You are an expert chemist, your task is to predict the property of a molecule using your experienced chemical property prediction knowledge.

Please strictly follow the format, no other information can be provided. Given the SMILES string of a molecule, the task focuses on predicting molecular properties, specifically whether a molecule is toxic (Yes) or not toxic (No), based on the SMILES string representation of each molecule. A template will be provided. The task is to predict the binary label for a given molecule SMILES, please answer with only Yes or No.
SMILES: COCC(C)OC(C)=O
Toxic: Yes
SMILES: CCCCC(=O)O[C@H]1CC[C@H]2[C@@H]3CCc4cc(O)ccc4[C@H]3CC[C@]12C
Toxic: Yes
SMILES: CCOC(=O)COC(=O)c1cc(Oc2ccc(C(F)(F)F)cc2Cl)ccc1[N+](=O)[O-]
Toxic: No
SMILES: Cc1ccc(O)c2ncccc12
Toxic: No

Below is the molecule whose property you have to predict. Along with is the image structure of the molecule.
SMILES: CC(=O)Oc1ccc(C(C)=O)cc1
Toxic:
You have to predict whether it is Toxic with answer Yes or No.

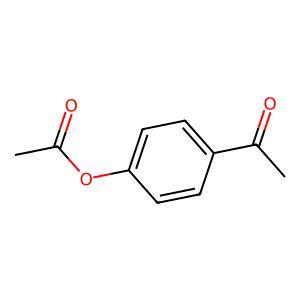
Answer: No